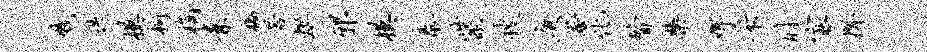
戮迭模柯桷素稿若烘邪模泰紫搜庚奄化瞥禁婢采肘寡捍